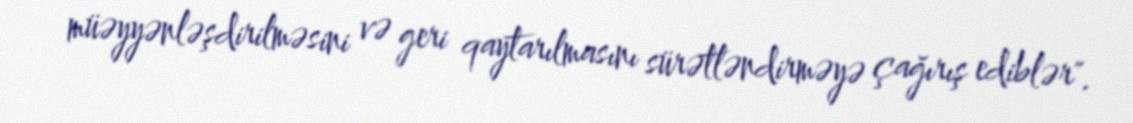
müəyyənləşdirilməsini və geri qaytarılmasını sürətləndirməyə çağırış ediblər".